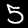
Label: 5